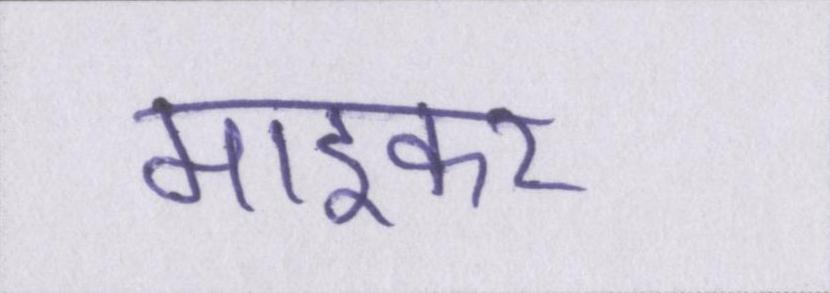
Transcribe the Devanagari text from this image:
माइकर